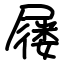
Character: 屦